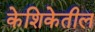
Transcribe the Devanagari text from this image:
केशिकेतील